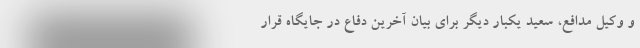
و وکیل مدافع، سعید یکبار دیگر برای بیان آخرین دفاع در جایگاه قرار